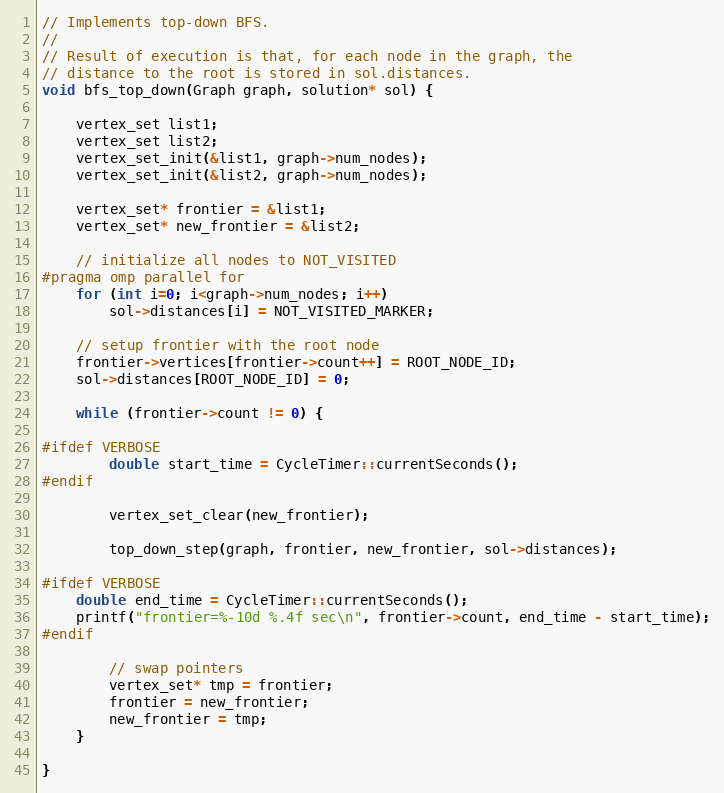
Language: C++
// Implements top-down BFS.
//
// Result of execution is that, for each node in the graph, the
// distance to the root is stored in sol.distances.
void bfs_top_down(Graph graph, solution* sol) {

    vertex_set list1;
    vertex_set list2;
    vertex_set_init(&list1, graph->num_nodes);
    vertex_set_init(&list2, graph->num_nodes);

    vertex_set* frontier = &list1;
    vertex_set* new_frontier = &list2;

    // initialize all nodes to NOT_VISITED
#pragma omp parallel for
    for (int i=0; i<graph->num_nodes; i++)
        sol->distances[i] = NOT_VISITED_MARKER;

    // setup frontier with the root node
    frontier->vertices[frontier->count++] = ROOT_NODE_ID;
    sol->distances[ROOT_NODE_ID] = 0;

    while (frontier->count != 0) {

#ifdef VERBOSE
        double start_time = CycleTimer::currentSeconds();
#endif

        vertex_set_clear(new_frontier);

        top_down_step(graph, frontier, new_frontier, sol->distances);

#ifdef VERBOSE
    double end_time = CycleTimer::currentSeconds();
    printf("frontier=%-10d %.4f sec\n", frontier->count, end_time - start_time);
#endif

        // swap pointers
        vertex_set* tmp = frontier;
        frontier = new_frontier;
        new_frontier = tmp;
    }

}